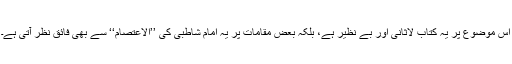
اس موضوع پر یہ کتاب لاثانی اور بے نظیر ہے، بلکہ بعض مقامات پر یہ امام شاطبیؒ کی ’’الاعتصام‘‘ سے بھی فائق نظر آتی ہے۔